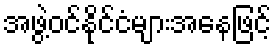
အဖွဲ့ဝင်နိုင်ငံများအနေဖြင့်